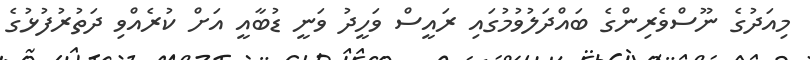
މިއަދުގެ ނޫސްވެރިންގެ ބައްދަލުވުމުގައި ރައީސް ވަހީދު ވަނީ ޑުބާއީ އަށް ކުރެއްވި ދަތުރުފުޅުގެ